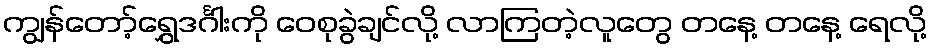
ကျွန်တော့်ရွှေဒင်္ဂါးကို ဝေစုခွဲချင်လို့ လာကြတဲ့လူတွေ တနေ့ တနေ့ ရေလို့